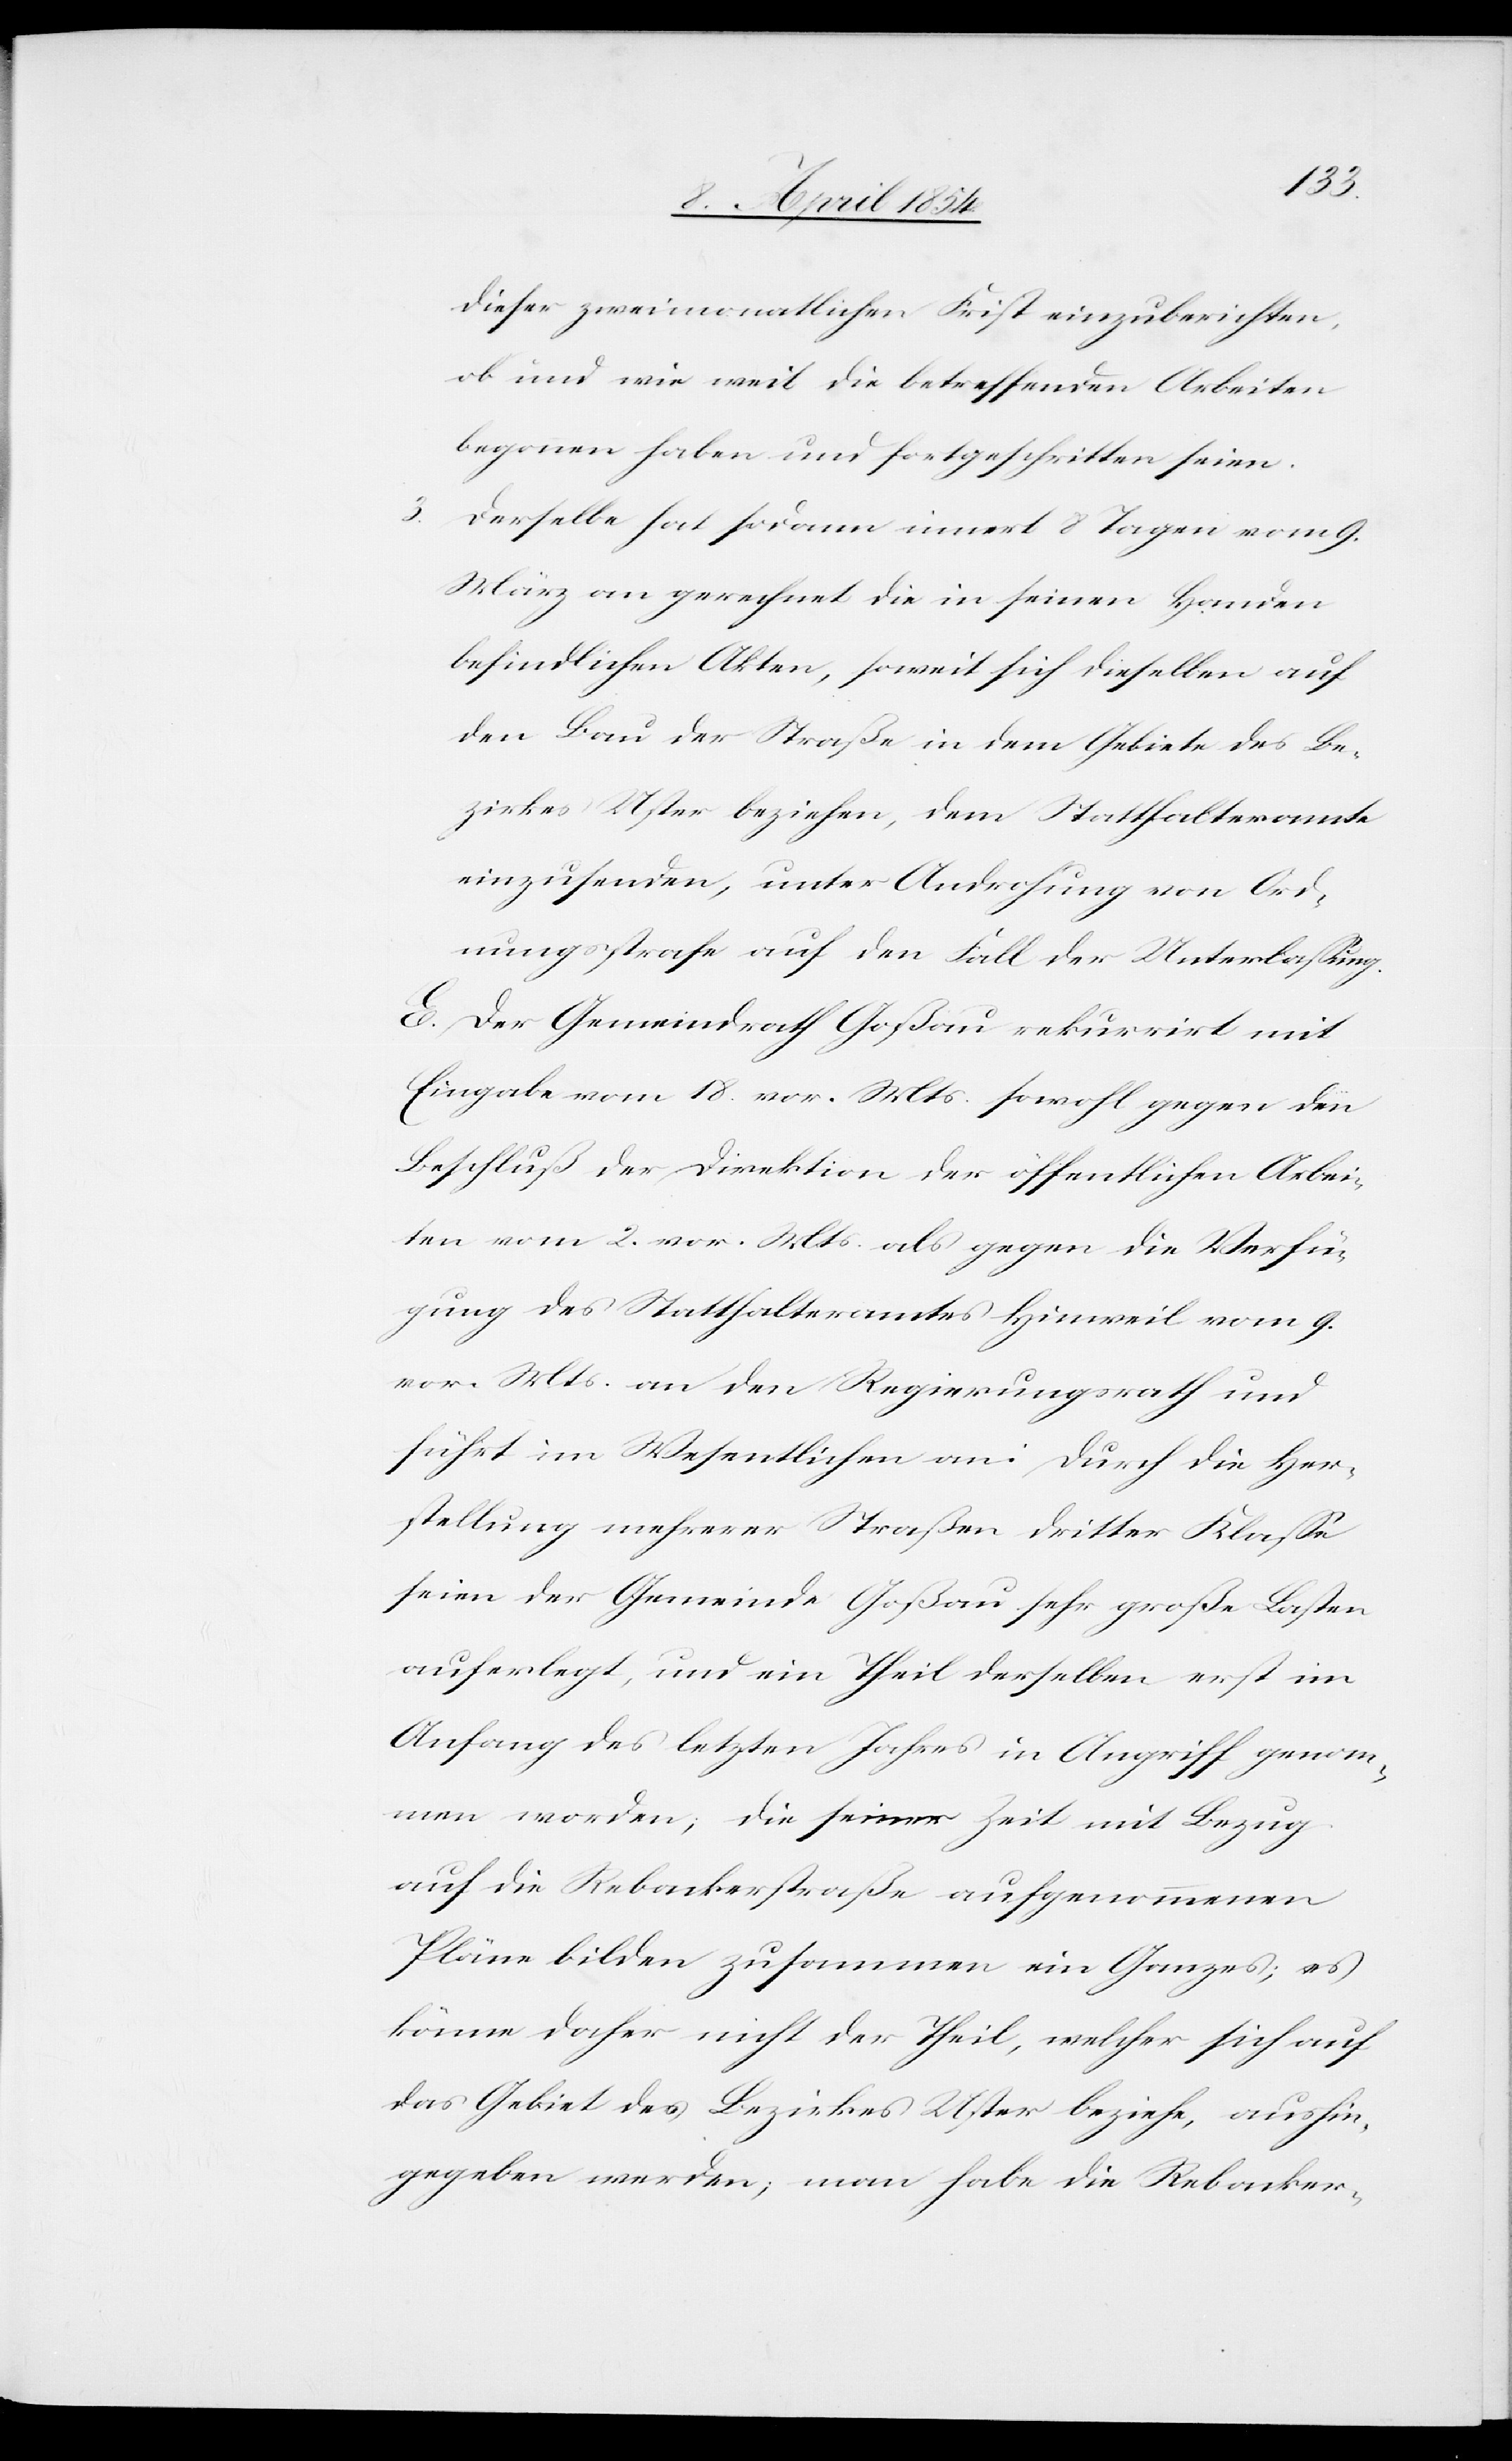
dieser zweimonatlichen Frist einzuberichten,
ob und wie weit die betreffenden Arbeiten
begonnen haben und fortgeschritten seien.
3. Derselbe hat sodann innert 8 Tagen vom 9.
März an gerechnet die in seinen Handen
befindlichen Akten, soweit sich dieselben auf
den Bau der Straße in dem Gebiete des Be¬
zirkes Uster beziehen, dem Statthalteramte
einzusenden, unter Androhung von Ord¬
nungsstrafe auf den Fall der Unterlaßung.
E. Der Gemeindrath Goßau rekurrirt mit
Eingabe vom 18. vor. Mts. sowohl gegen den
Beschluß der Direktion der öffentlichen Arbei¬
ten vom 2. vor. Mts als gegen die Verfü¬
gung des Statthalteramtes Hinweil vom 9.
vor. Mts an den Regierungsrath und
führt im Wesentlichen an: Durch die Her¬
stellung mehrerer Straßen dritter Klaße
seien der Gemeinde Goßau sehr große Lasten
auferlegt, und ein Theil derselben erst im
Anfang des letzten Jahres in Angriff genom¬
men worden; die seiner Zeit mit Bezug
auf die Rebackerstraße aufgenommenen
Pläne bilden zusammen ein Ganzes; es
könne daher nicht der Theil, welcher sich auf
das Gebiet des Bezirkes Uster beziehe, aushin¬
gegeben werden; man habe die Rebacker-